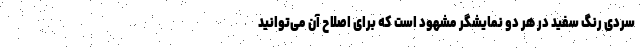
سردی رنگ سفید در هر دو نمایشگر مشهود است که برای اصلاح آن می‌توانید